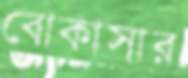
বোকাসার